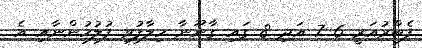
ފެބްރުއަރީ 6 7 އަދި 8 ގައި ގާނޫނާ ހިލާފުވި ފުލުހުންނާއި އެ